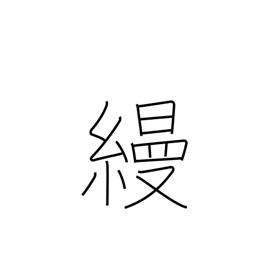
Meaning: unpatterned silk